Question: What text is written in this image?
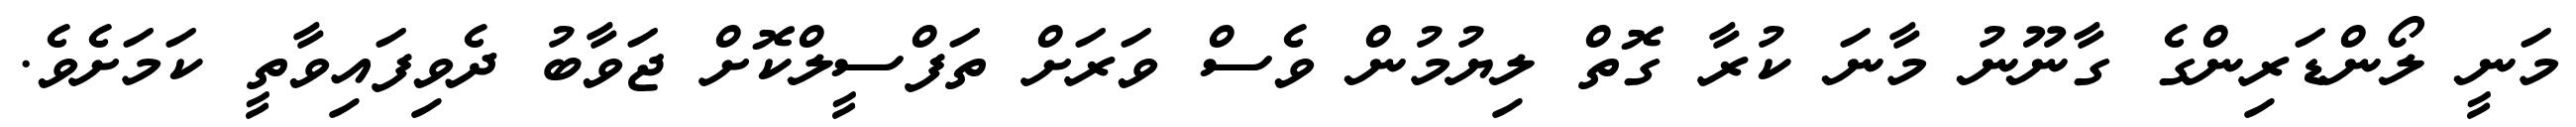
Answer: މަނީ ލޯންޑަރިންގެ ގާނޫނު މާނަ ކުރާ ގޮތް ލިޔުމުން ވެސް ވަރަށް ތަފްސީލްކޮށް ޖަވާބު ދެވިފައިވާތީ ކަމަށެވެ.